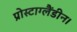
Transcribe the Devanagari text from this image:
प्रोस्टाग्लैंडीन।